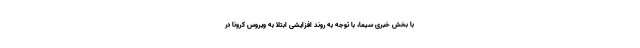
با بخش خبری سیما، با توجه به روند افزایشی ابتلا به ویروس کرونا در